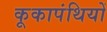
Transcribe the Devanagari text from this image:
कूकापंथियों